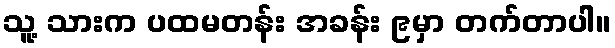
သူ့ သားက ပထမတန်း အခန်း ၉မှာ တက်တာပါ။